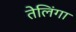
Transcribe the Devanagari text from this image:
तेलिंगा